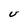
Character: U